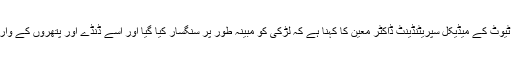
عبداللہ شاہ انسٹی ٹیوٹ کے میڈیکل سپریٹنڈینٹ ڈاکٹر معین کا کہنا ہے کہ لڑکی کو مبینہ طور پر سنگسار کیا گیا اور اُسے ڈنڈے اور پتھروں کے وار سے قتل کیا گیا۔